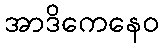
အာဒိကေနေဝ